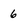
Character: 6